Report on vaccination in the Province of Bengal - 1874-1889
Year: 1874
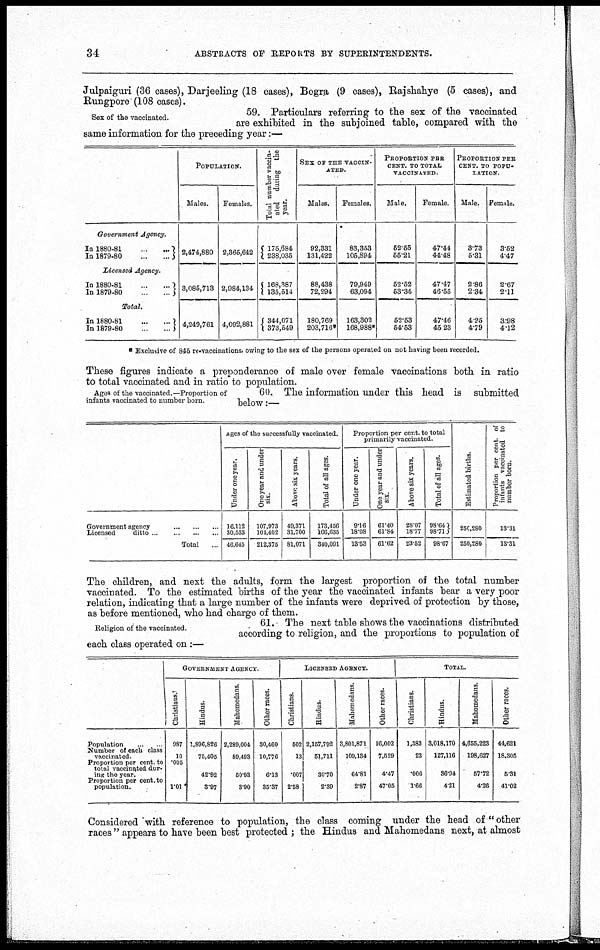
34
ABSTRACTS OF REPORTS BY SUPERINTENDENTS.
Julpaiguri (36 cases), Darjeeling (18 cases), Bogra (9 cases), Rajshahye (5 cases), and
Rungpore (108 cases).
Sex of the vaccinated.
59. Particulars referring to the sex of the vaccinated
are exhibited in the subjoined table, compared with the
same information for the preceding year:—
Government Agency.
In
1880-81...
...
In
1879-80...
...
Licensed Agency.
In
1880-81...
...
In
1879-80...
...
Total.
In
1880-81...
...
In
1879-80...
...
POPULATION.
Males.
2,474,880
3,085,713
4,249,761
Females.
2,365,642
2,984,134
4,092,881
Total number vaccin-
ated during the
year.
175,684
238,035
168,387
135,514
344,071
373,549
SEX OF THE VACCIN-
ATED.
Males.
92,331
131,422
88,438
72,294
180,769
203,716*
Females.
83,353
105,894
79,949
63,094
163,302
168,988*
PROPORTION PER
CENT. TO TOTAL
VACCINATED.
Male.
52.55
55.21
52.52
53.34
52.53
54.53
Female.
47.44
44.48
47.47
46.55
47.46
45.23
PROPORTION PER
CENT. TO POPU-
LATION.
Male.
3.73
5.31
2.86
2.34
4.25
4.79
Female.
3.52
4.47
2.67
2.11
3.98
4.12
* Exclusive of 845 re-vaccinations, owing to the sex of the persons operated on not having been recorded.
These figures indicate a preponderance of male over female vaccinations both in ratio
to total vaccinated and in ratio to population.
Ages of the vaccinated.—Proportion of
infants vaccinated to number born.
60. The information under this head is submitted
below:—
Government
agency...
...
Licensed ditto... ...
Total... ...
Ages of the successfully vaccinated.
Under one year.
16,112
30,533
46,645
One year and under
six.
107,973
104,402
212,375
Above six years.
49,371
31,700
81,071
Total of all ages.
173,456
166,635
310,091
Proportion per cent. to total
primarily vaccinated.
Under one year.
9.16
18.08
13.53
One year and under
six.
61.40
61.84
61.62
Above six years.
28.07
18.77
23.52
Total of all ages.
98.64
98.71
98.67
Estimated births.
250,280
250,280
Proportion per cent of
infants vaccinated to
number born.
13.31
13.31
The children, and next the adults, form the largest proportion of the total number
vaccinated. To the estimated births of the year the vaccinated infants bear a very poor
relation, indicating that a large number of the infants were deprived of protection by those,
as before mentioned, who had charge of them.
Religion of the vaccinated.
61.- The next table shows the vaccinations distributed
according to religion, and the proportions to population of
each class operated on :—
Population... ... ...
Number of each class
vaccinated.
Proportion per cent. to
total vaccinated dur-
ing the year.
Proportion per cent. to
population.
GOVERNMENT AGENCY.
Christians.
987
10
.005
1.01
Hindus.
1,896,826
75,405
42.92
3.97
Mahomedans
2,289,004
89,493
50.93
3.90
Other races.
30,460
10,776
6.13
35.37
LICENSED AGENCY.
Christians.
502
13
.007
2.58
Hindus.
2,157,792
51,711
30.70
2.39
Mahomedans.
3,801,871
109,134
64.81
2.87
Other races.
16,002
7,529
4.47
47.05
TOTAL.
Christians.
1,383
23
.006
1.66
Hindus.
3,018,170
127,116
36.94
4.21
Mahomedans.
4,655,223
198,627
57.72
4.26
Other races.
44,621
18,306
5.31
41.02
Considered with reference to population, the class coming under the head of " other
races " appears to have been best protected ; the Hindus and Mahomedans next, at almost